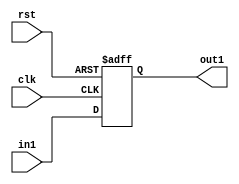
module register_4 (rst, clk, in1, out1);

 input clk, rst;

 input [3:0]  in1;

 output [3:0] out1;

 reg [3:0] out1;

 always @ (negedge rst or posedge clk) begin

    if(!rst)  out1 <= #1 4'b0000;

    else  out1 <= #1 in1;

 end

endmodule